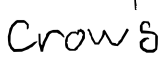
Text: Crow's
Cross-out: clean
Writing tool: digital_black